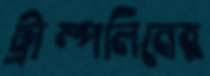
ট্রাম্পলিনের